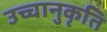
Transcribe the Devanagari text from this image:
उच्चानुकृति